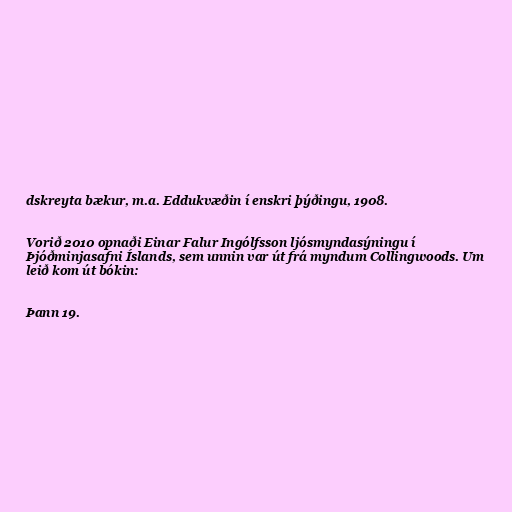
dskreyta bækur, m.a. Eddukvæðin í enskri þýðingu, 1908.

Vorið 2010 opnaði Einar Falur Ingólfsson ljósmyndasýningu í
Þjóðminjasafni Íslands, sem unnin var út frá myndum Collingwoods. Um
leið kom út bókin:

Þann 19.